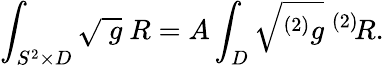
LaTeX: \int_{S^{2}\times D}\sqrt{\ g}\ R=A\int_{D}\sqrt{^{(2)}g}\ ^{(2)}\! R.